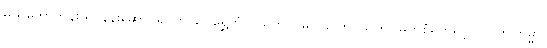
မယ်တော်ဘုန်းယှိ၊ နန်းဆောင်ရိပ်ကျယ်၊ ရွှေဘုံလယ်တွင်၊ မပြယ်ကြင်သက်၊ မြတ်စုံမက်ရှင့်၊ ဝိပါက်ကြမ္မာ၊